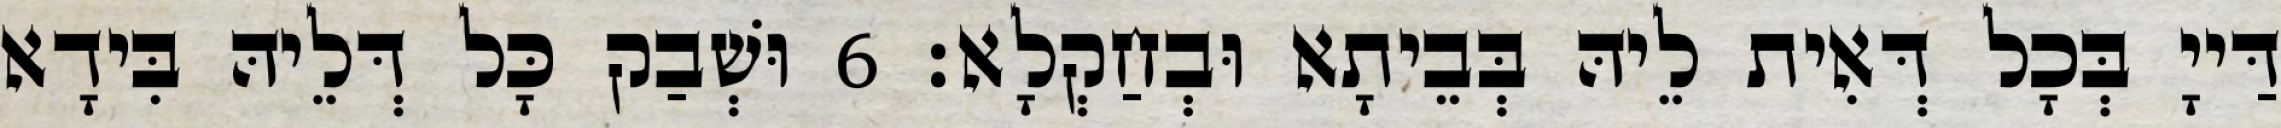
דַּייָ בְּכָל דְּאִית לֵיהּ בְּבֵיתָא וּבְחַקְלָא׃ 6 וּשְׁבַק כָּל דְּלֵיהּ בִּידָא